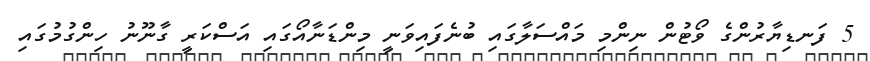
5 ފަނޑިޔާރުންގެ ވޯޓުން ނިންމި މައްސަލާގައި ބުނެފައިވަނީ މިންޑަނާއޯގައި އަސްކަރީ ގާނޫނު ހިންގުމުގައި